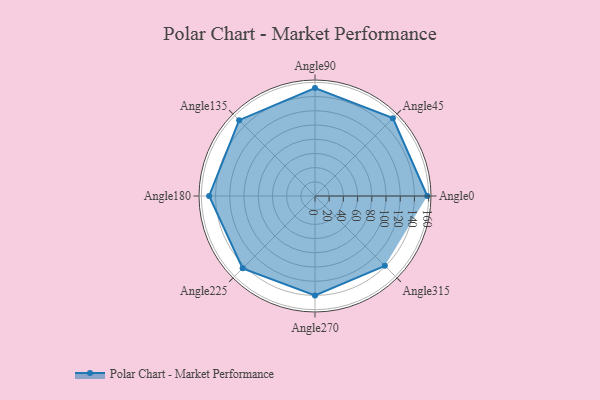
{"axis": {"x": "Angle", "y": "Radius"}, "legend": [""], "data": [{"x": "Angle0", "y": 158.0, "type": ""}, {"x": "Angle45", "y": 155.0, "type": ""}, {"x": "Angle90", "y": 152.0, "type": ""}, {"x": "Angle135", "y": 151.0, "type": ""}, {"x": "Angle180", "y": 149.0, "type": ""}, {"x": "Angle225", "y": 144.0, "type": ""}, {"x": "Angle270", "y": 140.0, "type": ""}, {"x": "Angle315", "y": 139.0, "type": ""}]}